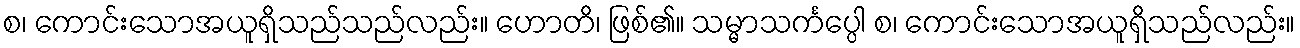
စ၊ ကောင်းသောအယူရှိသည်သည်လည်း။ ဟောတိ၊ ဖြစ်၏။ သမ္မာသင်္ကပ္ပေါ စ၊ ကောင်းသောအယူရှိသည်လည်း။